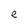
Character: e